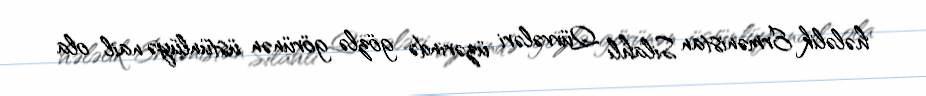
hələlik Ermənistan Silahlı Qüvvələri üzərində gözlə görünən üstünlüyə nail ola